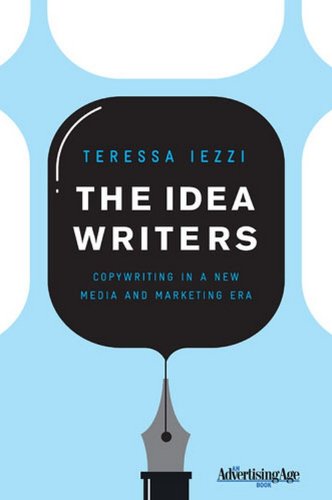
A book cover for The Idea Writers: Copywriting in a New Media and Marketing Era; Teressa Iezzi; Law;